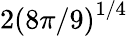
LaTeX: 2\left(8\pi/9\right)^{1/4}